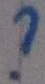
Text: ?